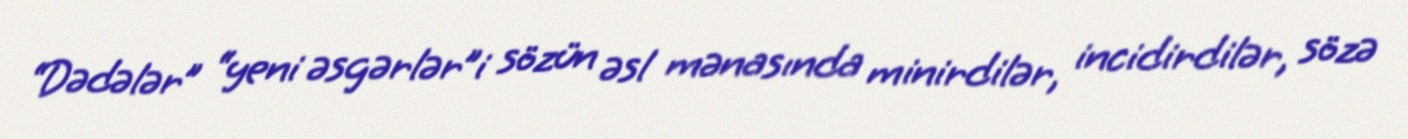
“Dədələr” “yeni əsgərlər”i sözün əsl mənasında minirdilər, incidirdilər, sözə